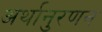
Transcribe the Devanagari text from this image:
अर्थानुरणन